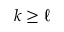
k \ge \ell